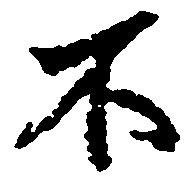
不